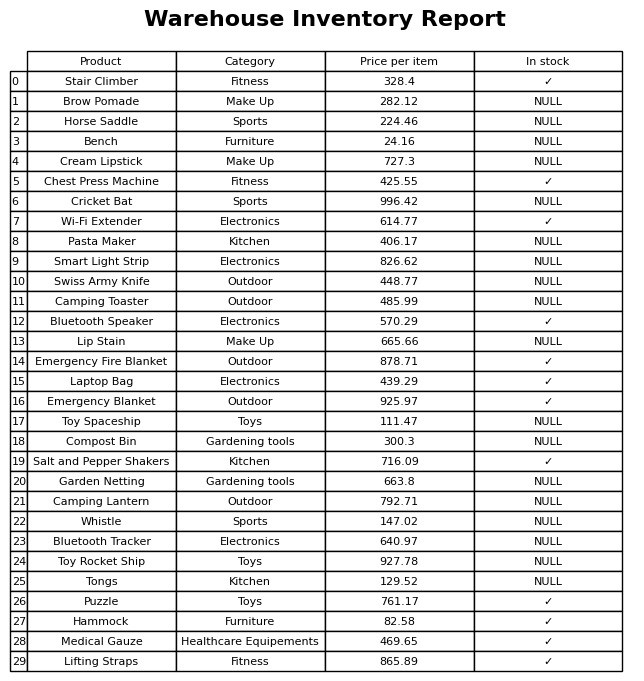
question: What is the price of the Chest Press Machine?
answer: The price of Chest Press Machine is 425.55.